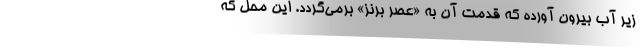
زیر آب بیرون آورده که قدمت آن به «عصر برنز» برمی‌گردد. این محل که